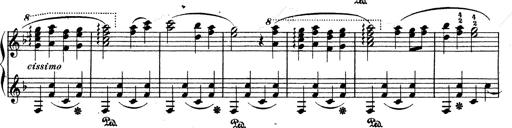
Title: Ave Maria d' Arcadelt
Composer: Franz Liszt